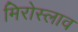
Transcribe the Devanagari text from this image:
मिरोस्लाव